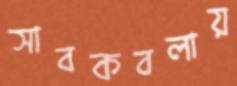
সাবকবলায়